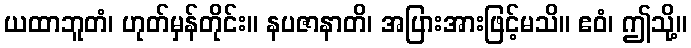
ယထာဘူတံ၊ ဟုတ်မှန်တိုင်း။ နပဇာနာတိ၊ အပြားအားဖြင့်မသိ။ ဧဝံ၊ ဤသို့။